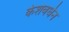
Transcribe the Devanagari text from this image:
केशवर्धन